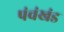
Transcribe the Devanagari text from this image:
पंचंखंड